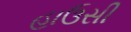
હાઉસી